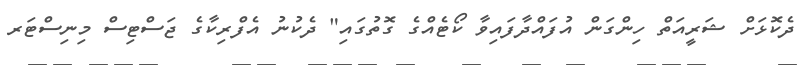
ދެކޮޅަށް ޝަރީއަތް ހިންގަން އުފައްދާފައިވާ ކޯޓެއްގެ ގޮތުގައި" ދެކުނު އެފްރިކާގެ ޖަސްޓިސް މިނިސްޓަރ